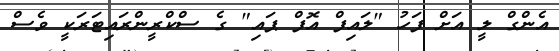
އެންގް ލީ އަށް ފަހު "ލައިފް އޮފް ޕައި" ގެ ސްކްރީންރައިޓަރަކީ ވެސް